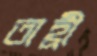
তাহ্রী